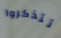
تتذكروا